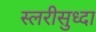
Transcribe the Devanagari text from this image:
स्लरीसुध्दा